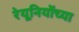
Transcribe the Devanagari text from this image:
रेयूनियोंच्या